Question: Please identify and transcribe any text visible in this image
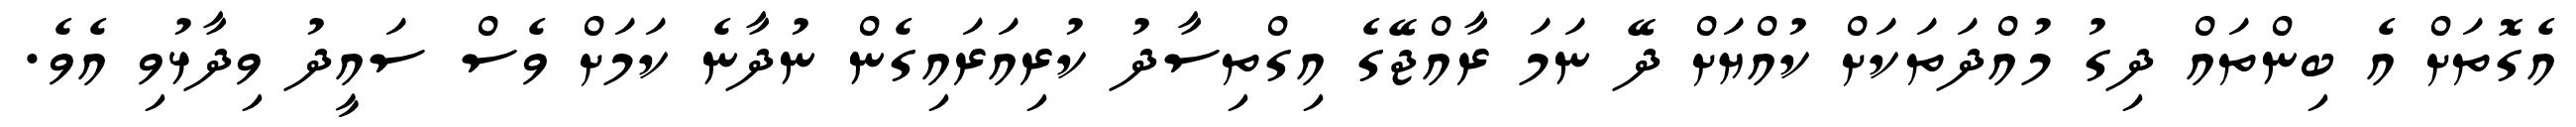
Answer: އެގޮތަށް އެ ބިންތައް ދިގު މުއްދަތަކަށް ކުއްޔަށް ދޭ ނަމަ ރާއްޖޭގެ އިގްތިސާދު ކުރިއަރައިގެން ނުދާނެ ކަމަށް ވެސް ސައީދު ވިދާޅުވި އެވެ.